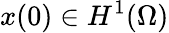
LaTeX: x(0)\in H^{1}(\Omega)